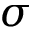
\sigma